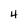
Character: 4